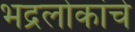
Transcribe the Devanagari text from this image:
भद्रलोकांचे